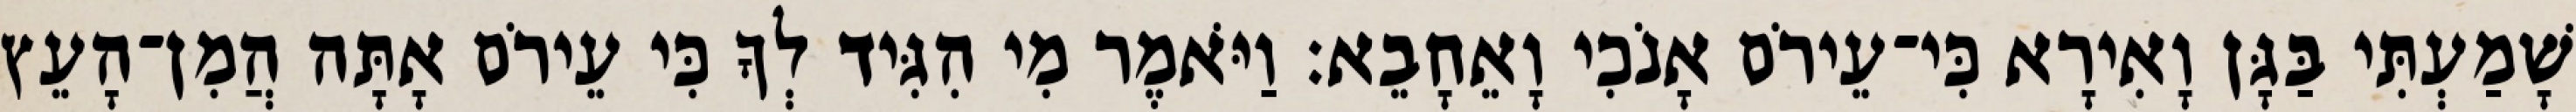
שָׁמַעְתִּי בַּגָּן וָאִירָא כִּי־עֵירֹם אָנֹכִי וָאֵחָבֵא׃ וַיֹּאמֶר מִי הִגִּיד לְךָ כִּי עֵירֹם אָתָּה הֲמִן־הָעֵץ